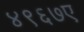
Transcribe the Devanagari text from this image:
४९६७ए